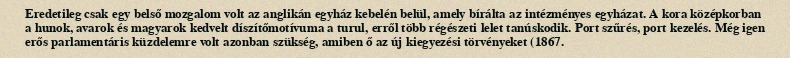
Eredetileg csak egy belső mozgalom volt az anglikán egyház kebelén belül, amely bírálta az intézményes egyházat. A kora középkorban a hunok, avarok és magyarok kedvelt díszítőmotívuma a turul, erről több régészeti lelet tanúskodik. Port szűrés, port kezelés. Még igen erős parlamentáris küzdelemre volt azonban szükség, amiben ő az új kiegyezési törvényeket (1867.